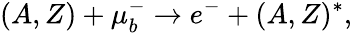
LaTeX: (A,Z)+\mu_{b}^{-}\to e^{-}+(A,Z)^{*},